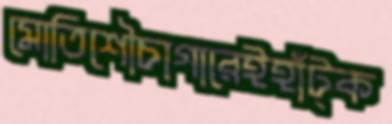
মোতিশৌচাগারেইহাঁট্‌ক